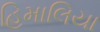
હિમાલિયા